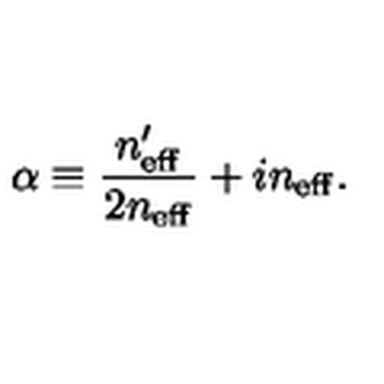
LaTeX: \alpha \equiv \frac { n _ { \mathrm { e f f } } ^ { \prime } } { 2 n _ { \mathrm { e f f } } } + i n _ { \mathrm { e f f } } .